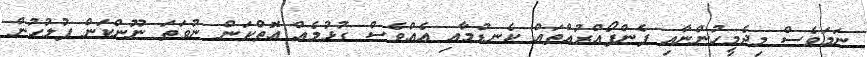
ނަމަވެސް މިދެމީހުންނާއި ފެންފޯއްރުއްތައް ކެނޑުމާއި އެއްވެސް ގުޅުމެއް އޮތްކަން ނުވަތަ ނޫންކަން ފުލުހުން